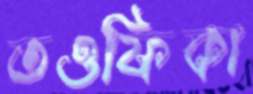
তওফিকা